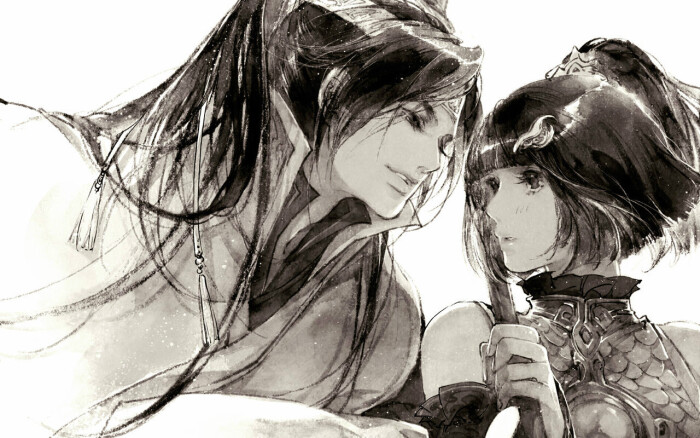
天不老，情难绝。